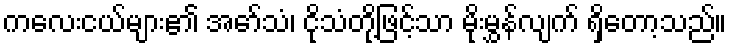
ကလေးငယ်များ၏ အော်သံ၊ ငိုသံတို့ဖြင့်သာ မိုးမွှန်လျက် ရှိတော့သည်။